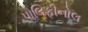
પોલિફીનોલ